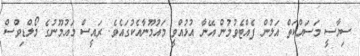
ސިޔާސީ މަސައްކަތް އަލުން ފެއްޓެވުމުން އޭނާ އުޅުއްވީ މައުމޫނާއެކުގައެވެ. ރައީސް މައުމޫނުގެ މޯލްޑިވްސް